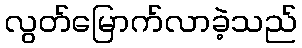
လွတ်မြောက်လာခဲ့သည်